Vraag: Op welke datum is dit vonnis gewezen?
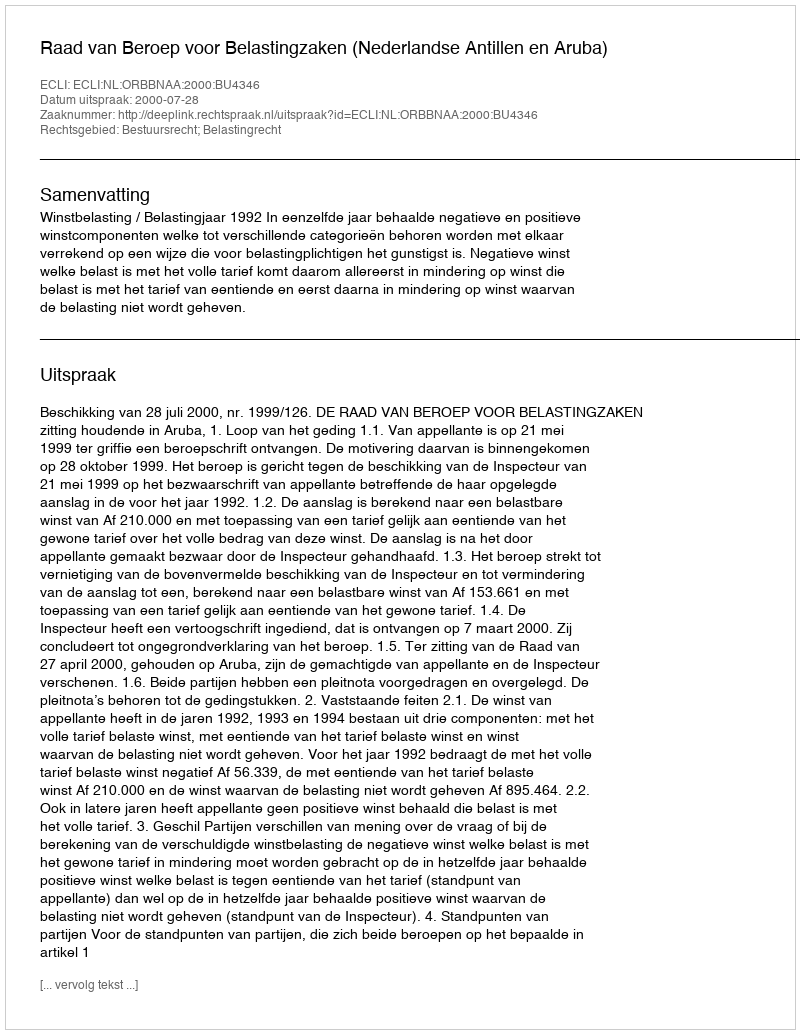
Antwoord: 2000-07-28